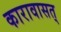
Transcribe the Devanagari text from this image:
कारावासत्